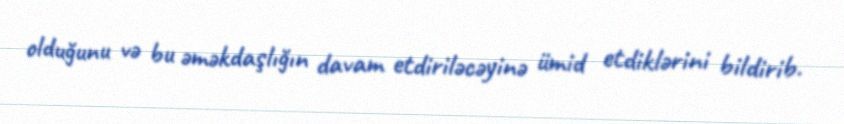
olduğunu və bu əməkdaşlığın davam etdiriləcəyinə ümid etdiklərini bildirib.